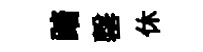
踏罄休